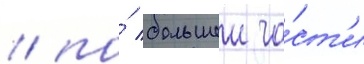
/ по́ большеи ча́ст'и